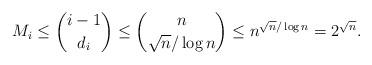
LaTeX: \begin{align*}M_i\leq \binom{i-1}{d_i}\leq \binom{n}{\sqrt{n}/\log n}\leq n^{\sqrt{n}/\log n}=2^{\sqrt{n}}.\end{align*}